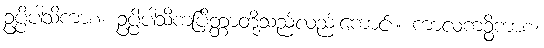
ဥပ္ပိပါသိကာစ၊ ဥပ္ပိပါသိကပြိတ္တာတို့သည်လည်းကောင်း။ ကာလကဉ္စိကာစ၊